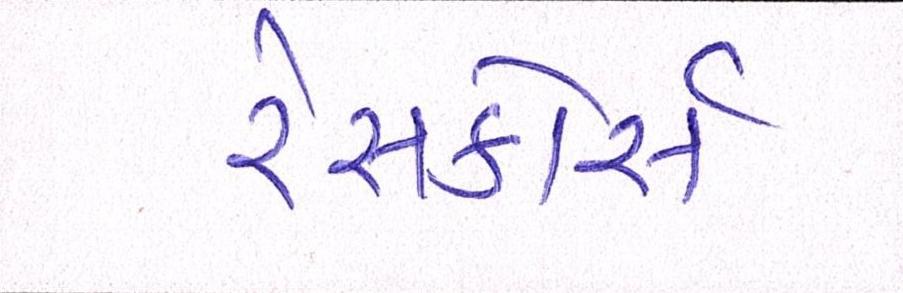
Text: રેસકોર્સ